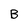
Character: B